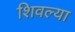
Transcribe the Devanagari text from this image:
शिवल्या